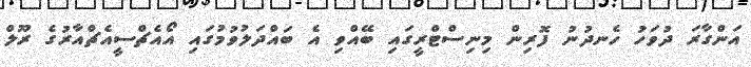
އަންގާރަ ދުވަހު ހެނދުނު ފޮރިން މިނިސްޓްރީގައި ބޭއްވި އެ ބައްދަލުވުމުގައި އޯއެޗްސީއެޗްއާރުގެ ރޫލް